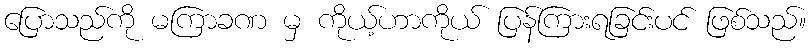
ပြောသည်ကို မကြာခဏ မှ ကိုယ့်ဟာကိုယ် ပြန်ကြားရခြင်းပင် ဖြစ်သည်။